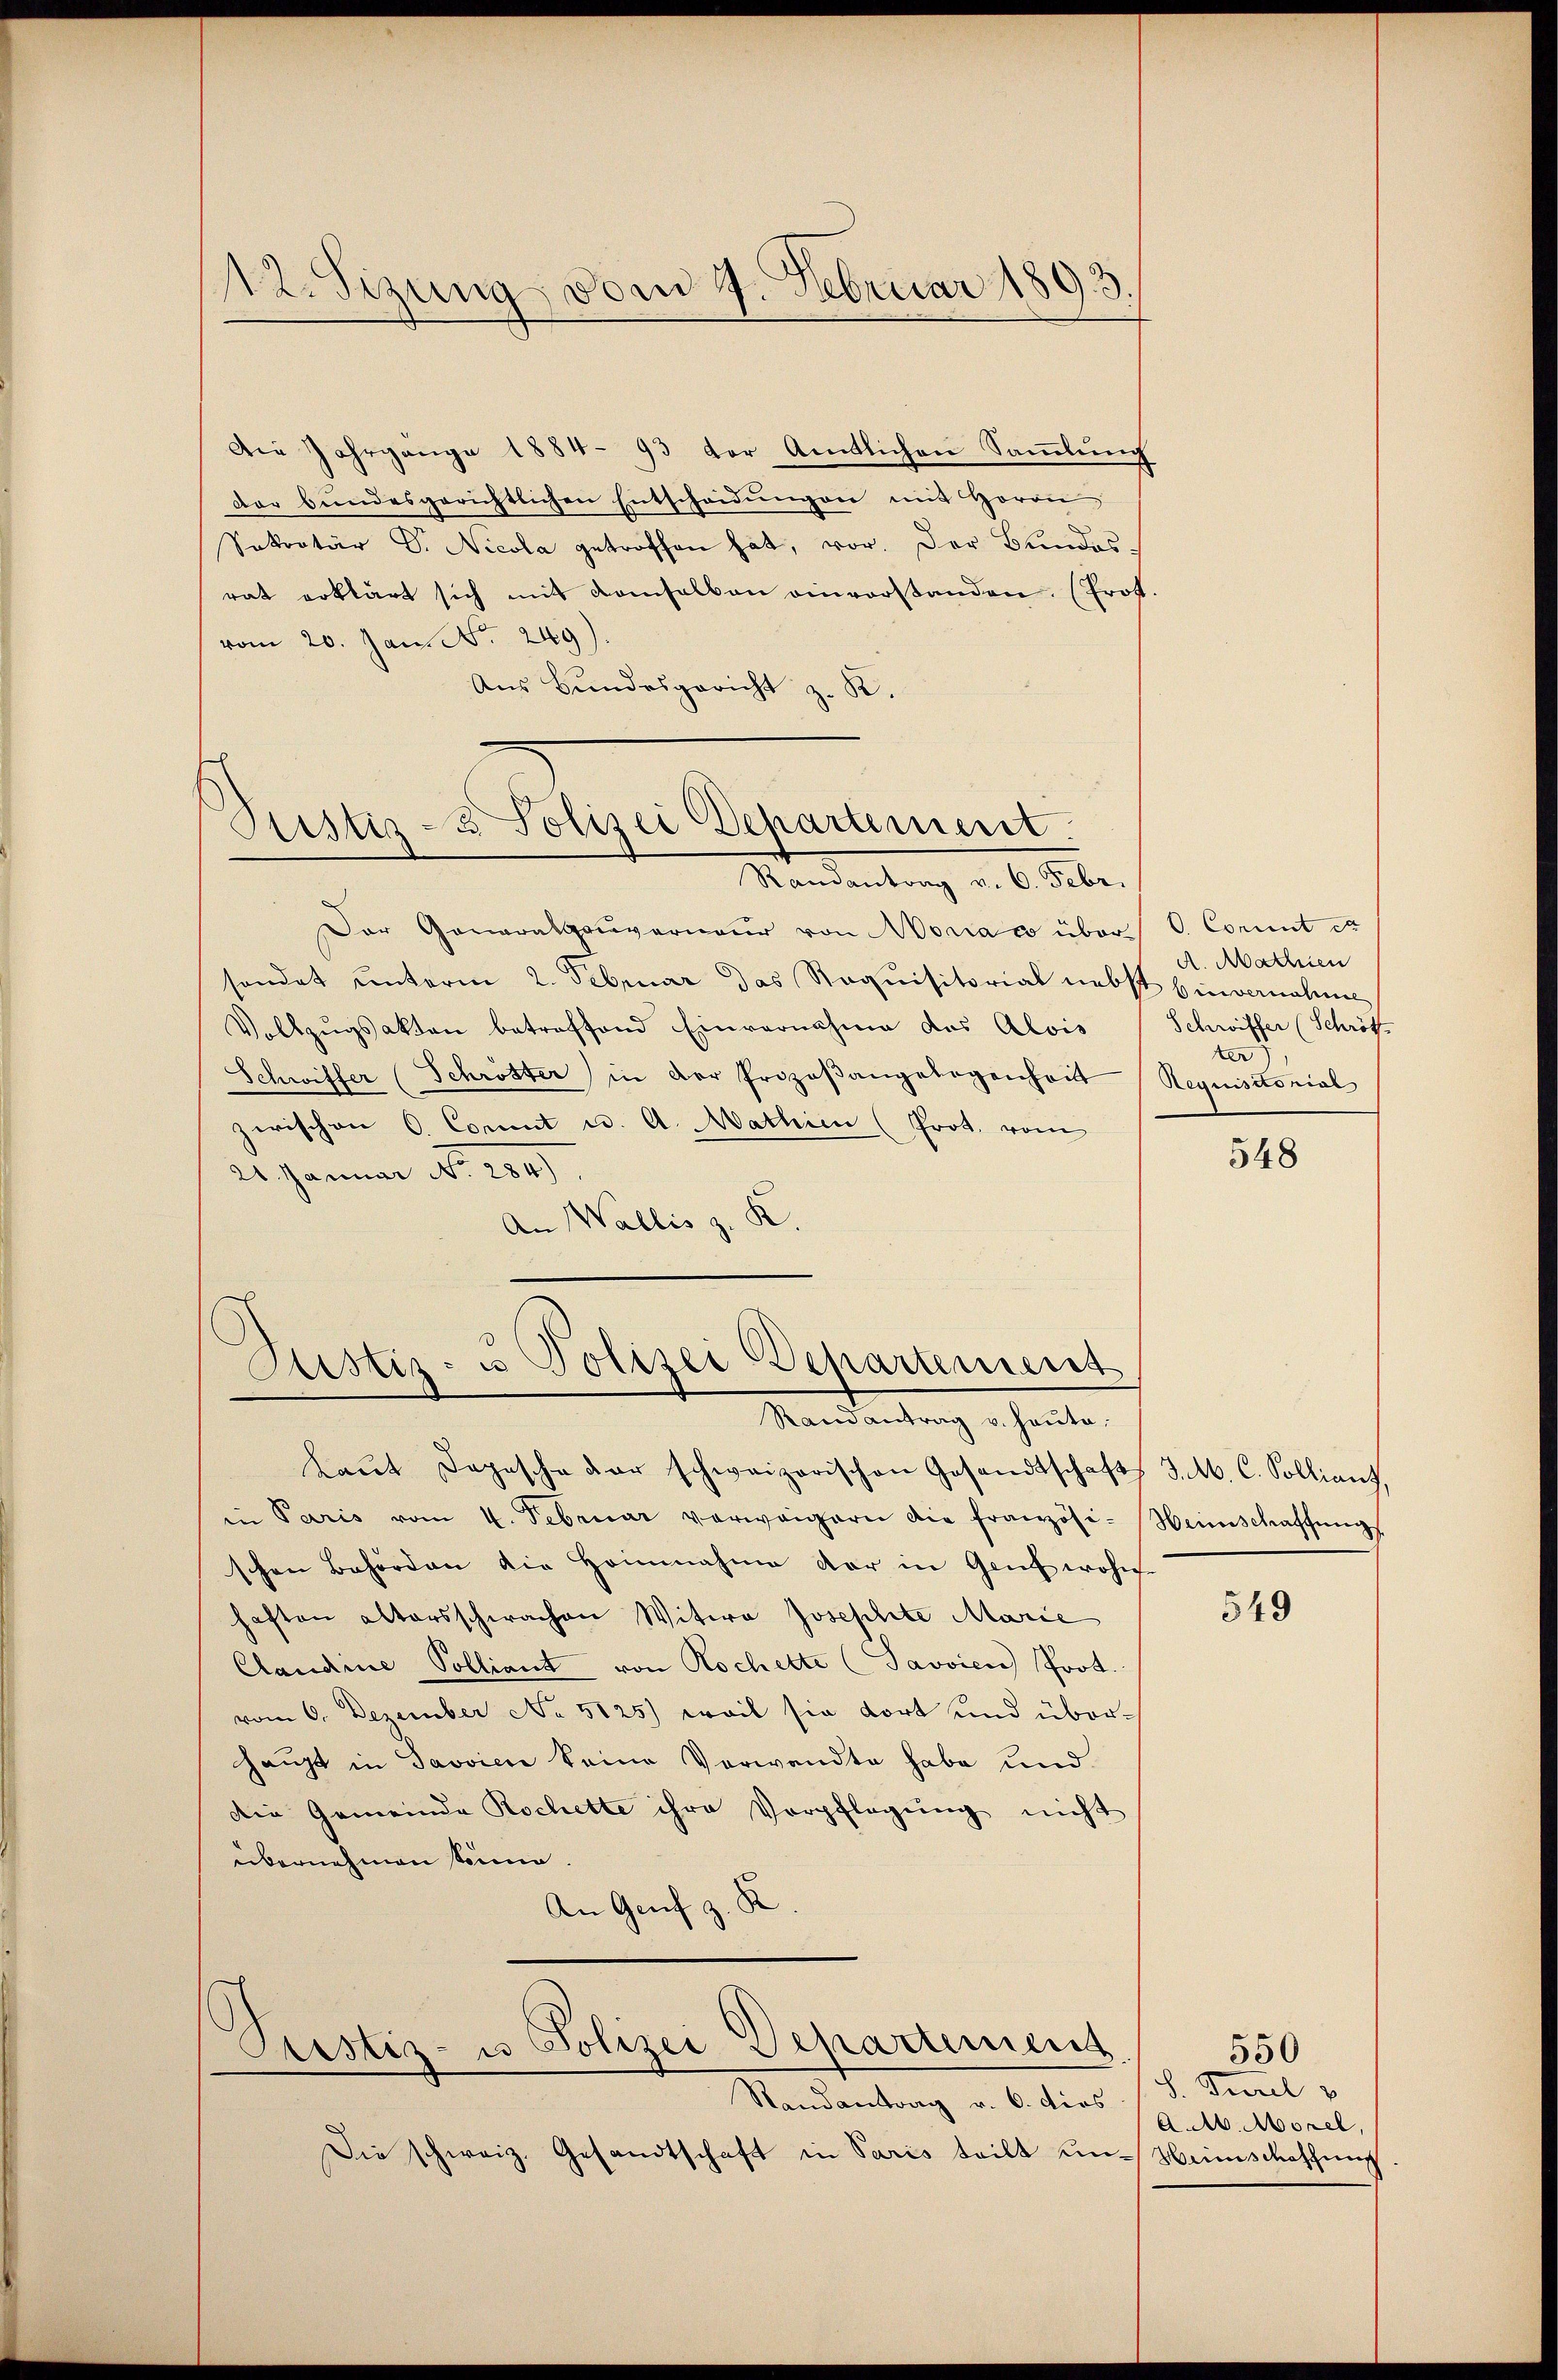
12. Sizung vom 7. Februar 1893.

Die Jahrgänge 1884- 93 der Amtlichen Sammlung
der bundesgerichtlichen Entscheidŭngen mit Herrn
Sekretär Dr. Nicola getroffen hat, vor. Der Bundesrat erklärt sich mit demselben einvorstanden. (Prot.
vom 20. Jan. No. 249)
Aus Bundesgericht z. K.
Randantrag v. 6. Febr.
Der Generalgouverneur von Monar über C. Commt et
sondet unterm 2. Februar das Requisitorial nebst Einvernahme
Vollzugsakten betreffend Einvernahme das Alois
Schwiffer (Schrötter in der Prozeβangelegenheit
zerischen C. Commit u. A. Mathien (Prot. vom
21. Januar No. 289
.
An Wallis z.
Justiz- u Polizei Departement
Randantrag v. Haŭte.
Laŭt Depesche der schweizerischen Gesandtschaft
in Paris vom 4. Februar verweigern die französi-Weinschaffŭng
schen Behörden die Heinnahme der in Genf wohn
haften altersschwachen Witwe Josephite Marie
Claudine Polliant von Rochette (Javvien Prot.
vom 6. Dezember No 5125) weil sie dort und überhaupt in Savvien keine Verwandte habe und
Die Gemeinde Rochette ihre Verpflegŭng nicht
übernehmen könne.
An Genf z. R
Pustiz- u Polizei Departement
Randantrag v. 6. dies
Die schweiz. Gesandtschaft in Paris teilt un-Heimschaffung

Justiz- & Polizei Departement

A. Mathien
Schwiffer (Schrött
ter
Aequisitorial

548

J. M. C. Sollianz,

549

S. Purel v
A.M. Morel,

550